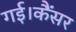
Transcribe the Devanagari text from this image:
गई।कैंसर